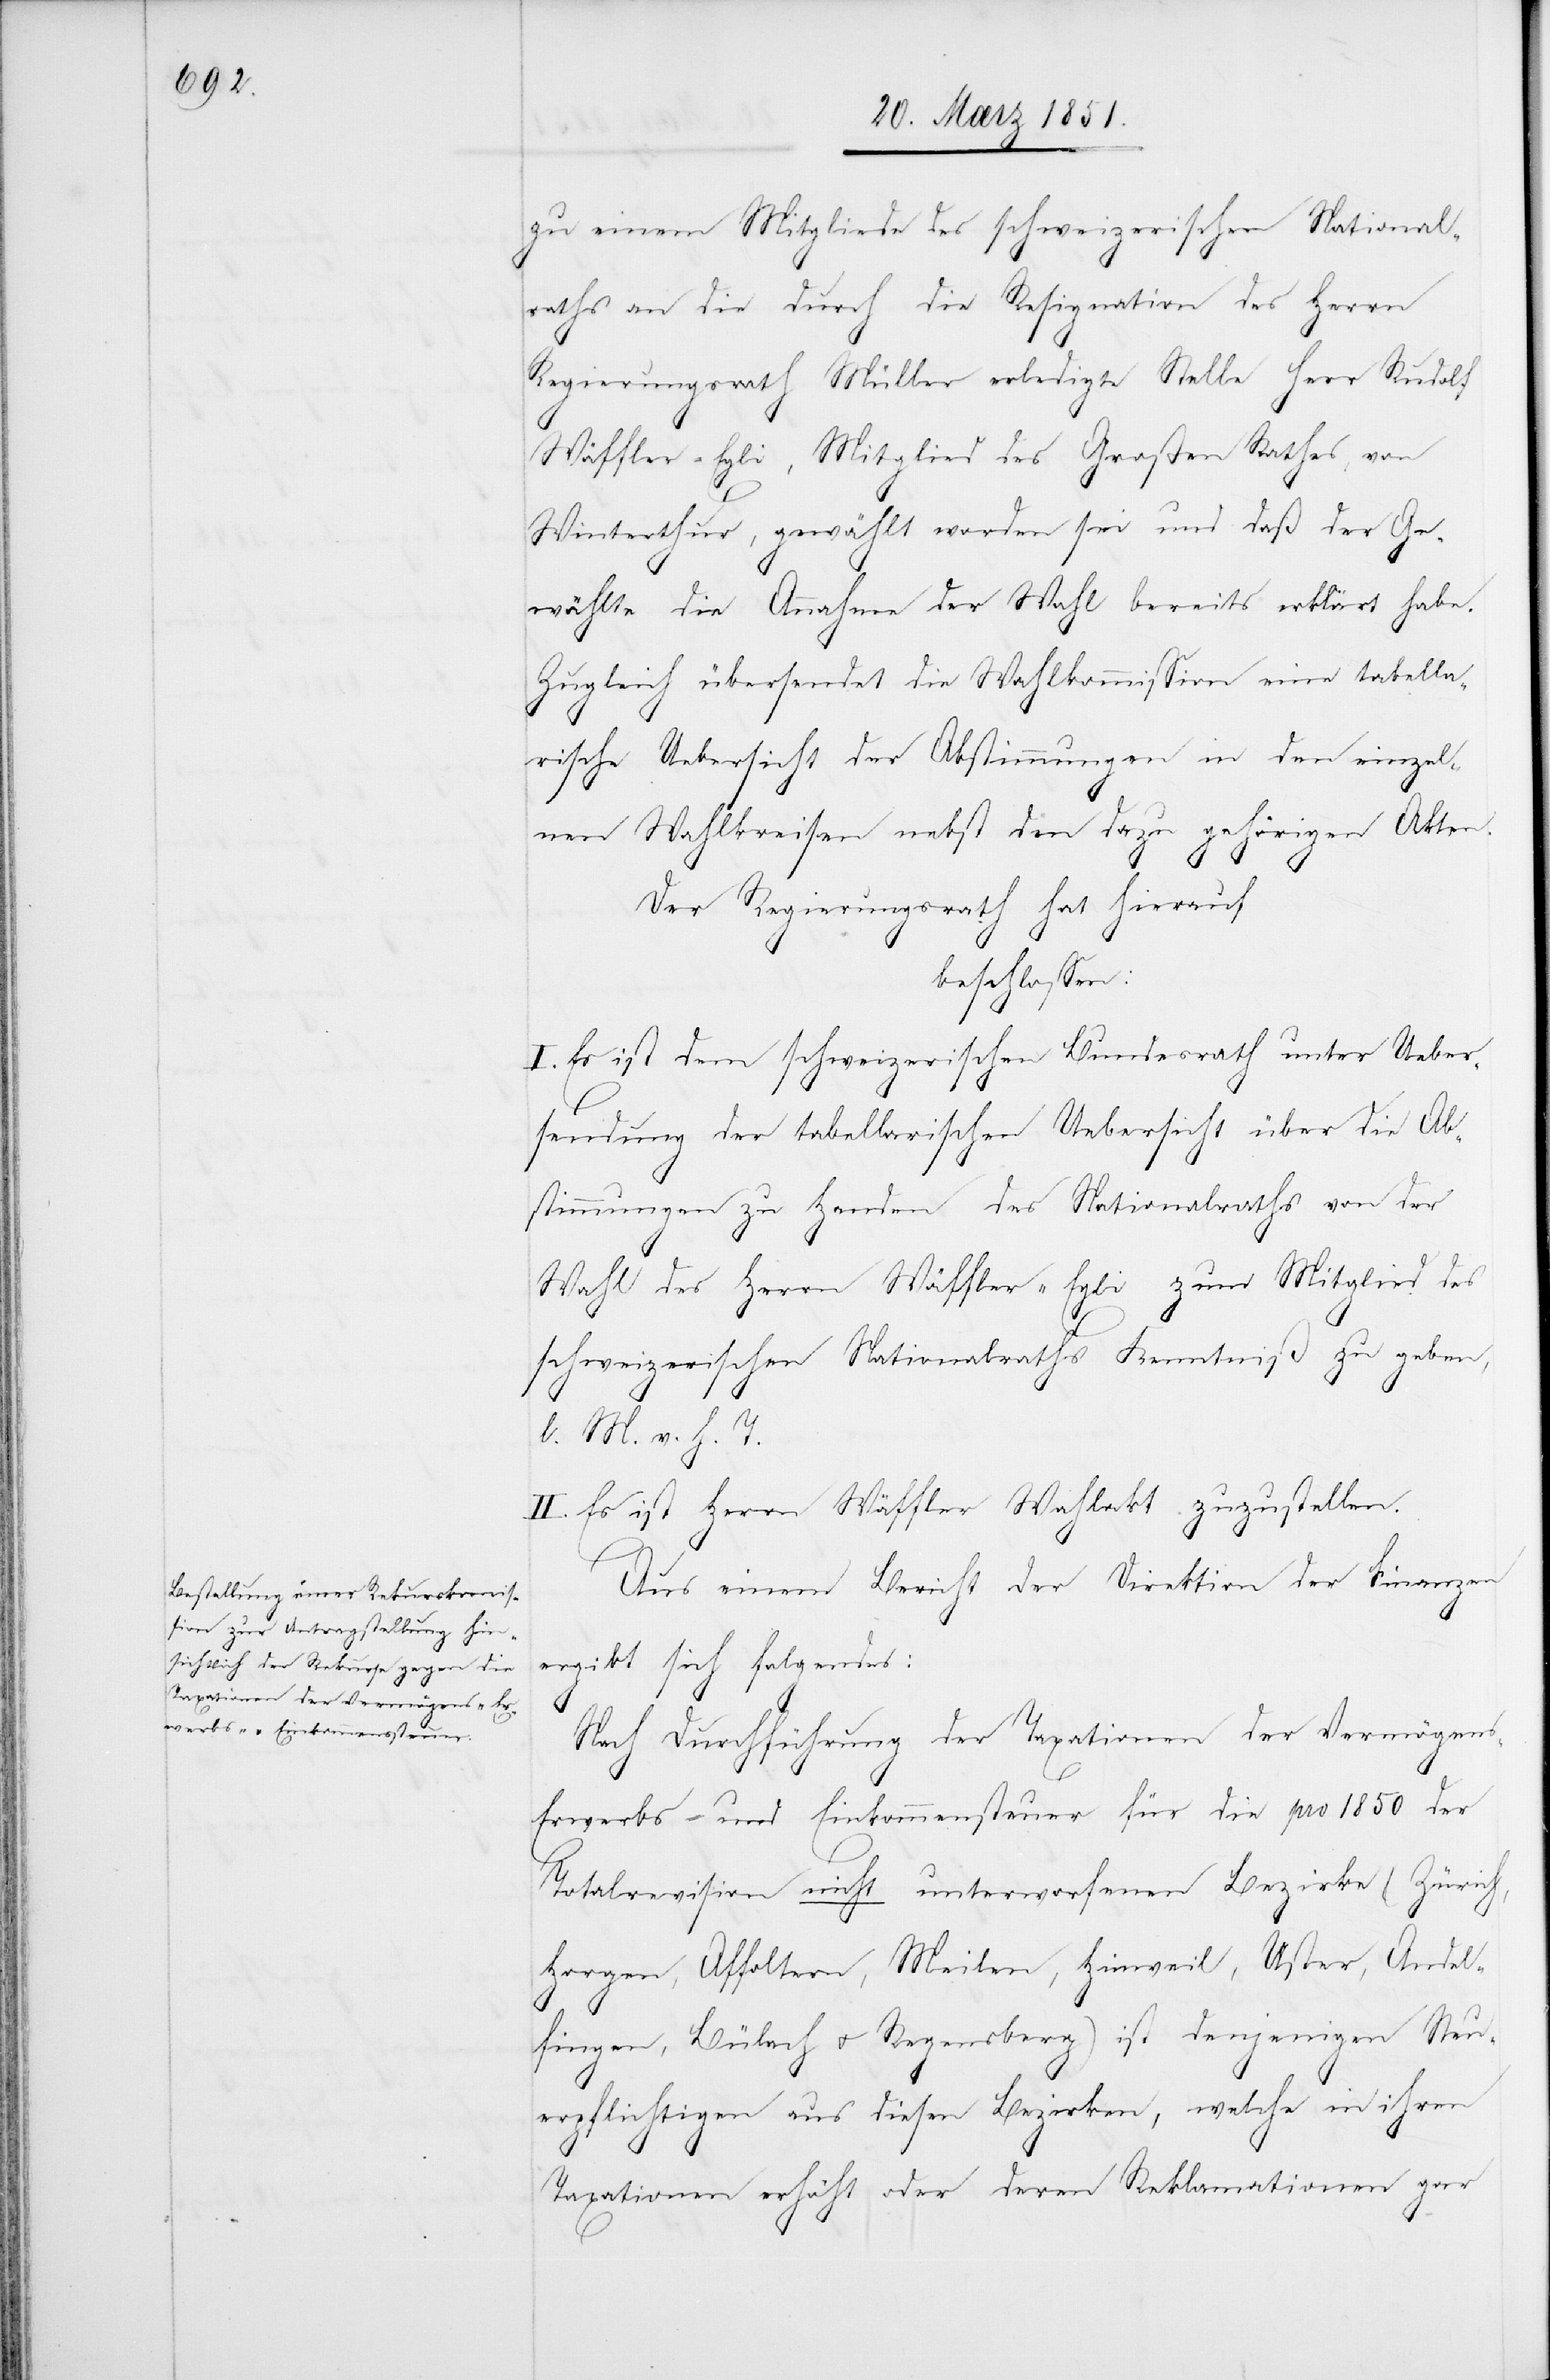
zu einem Mitgliede des schweizerischen National¬
raths an die durch die Resignation des Herrn
Regierungsrath Müller erledigte Stelle Herr Rudolf
Wäffler-Egli, Mitglied des Großen Rathes, von
Winterthur, gewählt worden sei und daß der Ge¬
wählte die Annahme der Wahl bereits erklärt habe.
Zugleich übersendet die Wahlkommission eine tabella¬
rische Uebersicht der Abstimmungen in den einzel¬
nen Wahlkreisen nebst den dazu gehörigen Akten.
s-[,]
Der Regierungsrath hat hierauf
beschlossen:
I. Es ist dem schweizerischen Bundesrath unter Ueber¬
sendung der tabellarischen Uebersicht über die Ab¬
stimmungen zu Handen des Nationalraths von der
Wahl des Herrn Wäffler-Egli zum Mitglied des
schweizerischen Nationalraths Kenntniß zu geben,
l. M. v. h. T.
II. Es ist Herrn Wäffler Wahlakt zuzustellen.
Aus einem Bericht der Direktion der Finanzen
ergibt sich folgendes:
Nach Durchführung der Taxationen der Vermögen¬
Erwerbs- und Einkommensteuer für die pro 1850 der
Totalrevision nicht unterworfenen Bezirke (Zürich,
Horgen, Affoltern, Meilen, Hinweil, Uster, Andel¬
fingen, Bülach u. Regensberg) ist denjenigen Steu¬
erpflichtigen aus diesen Bezirken, welche in ihren
Taxationen erhöht oder deren Reklamationen gar